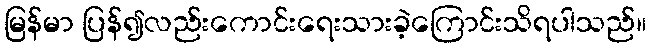
မြန်မာ ပြန်၍လည်းကောင်းရေးသားခဲ့ကြောင်းသိရပါသည်။